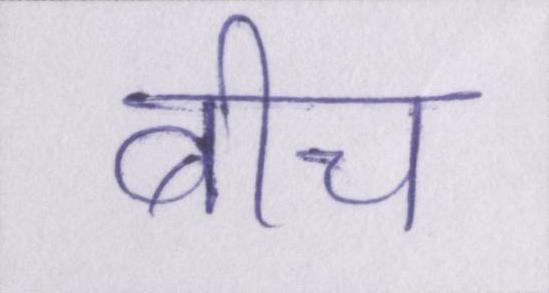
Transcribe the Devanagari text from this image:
बीच